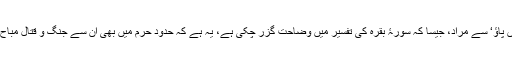
’جہاں پاؤ‘ سے مراد، جیسا کہ سورۂ بقرہ کی تفسیر میں وضاحت گزر چکی ہے، یہ ہے کہ حدود حرم میں بھی ان سے جنگ و قتال مباح ہے۔